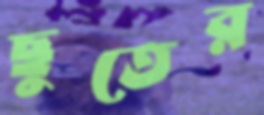
ছুতের